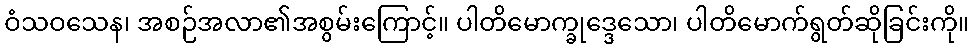
ဝံသဝသေန၊ အစဉ်အလာ၏အစွမ်းကြောင့်။ ပါတိမောက္ခုဒ္ဒေသော၊ ပါတိမောက်ရွတ်ဆိုခြင်းကို။